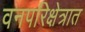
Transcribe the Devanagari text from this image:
वनपरिक्षेत्रात